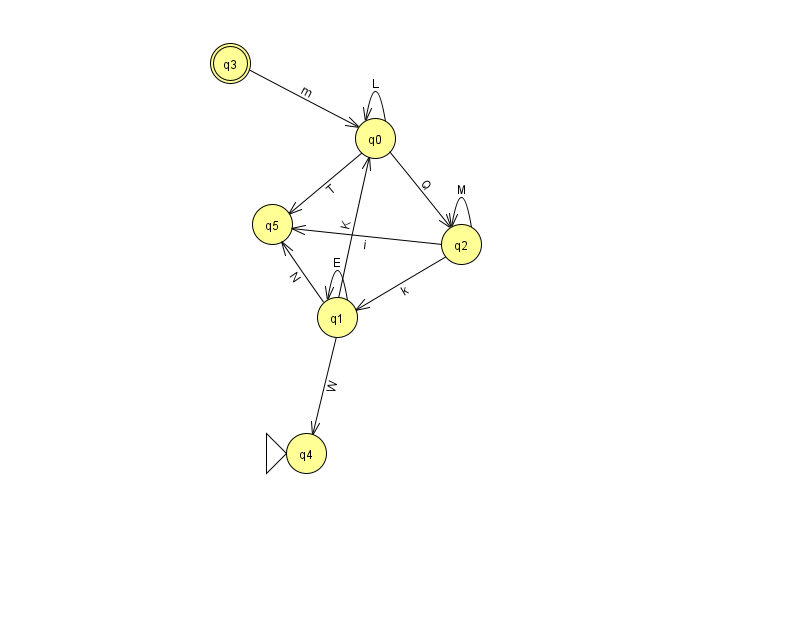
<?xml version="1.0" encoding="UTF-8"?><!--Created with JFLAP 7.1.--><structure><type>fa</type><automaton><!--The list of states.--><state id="0" name="q0"><x>375.0</x><y>125.0</y></state><state id="1" name="q1"><x>337.0</x><y>304.0</y></state><state id="2" name="q2"><x>461.0</x><y>231.0</y></state><state id="3" name="q3"><x>230.0</x><y>50.0</y><final/></state><state id="4" name="q4"><x>306.0</x><y>440.0</y><initial/></state><state id="5" name="q5"><x>272.0</x><y>211.0</y></state><!--The list of transitions.--><transition><from>0</from><to>2</to><read>Q</read></transition><transition><from>0</from><to>5</to><read>T</read></transition><transition><from>1</from><to>5</to><read>N</read></transition><transition><from>2</from><to>1</to><read>k</read></transition><transition><from>1</from><to>1</to><read>E</read></transition><transition><from>1</from><to>0</to><read>K</read></transition><transition><from>1</from><to>4</to><read>W</read></transition><transition><from>3</from><to>0</to><read>m</read></transition><transition><from>0</from><to>0</to><read>L</read></transition><transition><from>2</from><to>5</to><read>i</read></transition><transition><from>2</from><to>2</to><read>M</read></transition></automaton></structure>